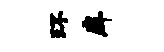
环戽